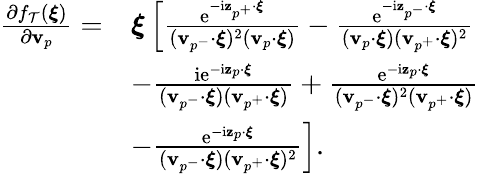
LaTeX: \begin{array}{rl}{\frac{\partial f_{\mathcal{T}}(\boldsymbol{\xi})}{\partial\textbf{v}_{p}}=}&{\boldsymbol{\xi}\left[\frac{\mathrm{e}^{-\mathrm{i}\mathbf{z}_{p^{+}}\cdot\boldsymbol{\xi}}}{(\textbf{v}_{p^{-}}\cdot\boldsymbol{\xi})^{2}(\textbf{v}_{p}\cdot\boldsymbol{\xi})}-\frac{\mathrm{e}^{-\mathrm{i}\mathbf{z}_{p^{-}}\cdot\boldsymbol{\xi}}}{(\textbf{v}_{p}\cdot\boldsymbol{\xi})(\textbf{v}_{p^{+}}\cdot\boldsymbol{\xi})^{2}}\right.}\\ &{\left.-\frac{\mathrm{i}\mathrm{e}^{-\mathrm{i}\mathbf{z}_{p}\cdot\boldsymbol{\xi}}}{(\textbf{v}_{p^{-}}\cdot\boldsymbol{\xi})(\textbf{v}_{p^{+}}\cdot\boldsymbol{\xi})}+\frac{\mathrm{e}^{-\mathrm{i}\mathbf{z}_{p}\cdot\boldsymbol{\xi}}}{(\textbf{v}_{p^{-}}\cdot\boldsymbol{\xi})^{2}(\textbf{v}_{p^{+}}\cdot\boldsymbol{\xi})}\right.}\\ &{\left.-\frac{\mathrm{e}^{-\mathrm{i}\mathbf{z}_{p}\cdot\boldsymbol{\xi}}}{(\textbf{v}_{p^{-}}\cdot\boldsymbol{\xi})(\textbf{v}_{p^{+}}\cdot\boldsymbol{\xi})^{2}}\right].}\end{array}